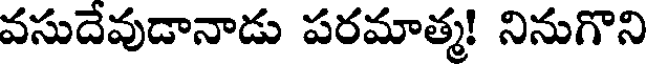
వసుదేవుడానాడు పరమాత్మ! నినుగొని